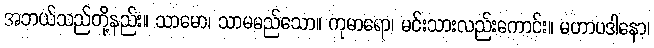
အဘယ်သည်တို့နည်း။ သာမော၊ သာမမည်သော။ ကုမာရော၊ မင်းသားလည်းကောင်း။ မဟာပဒါနော၊